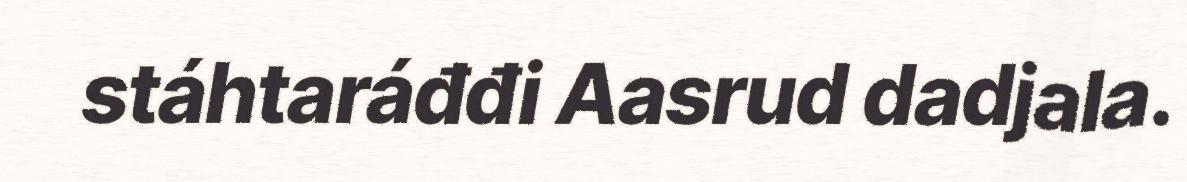
stáhtaráđđi Aasrud dadjala.